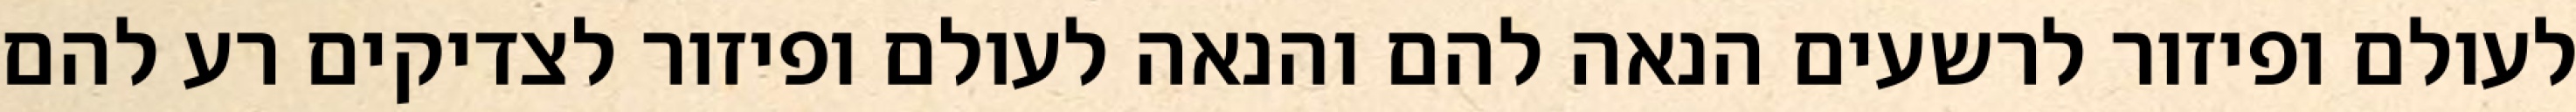
לעולם ופיזור לרשעים הנאה להם והנאה לעולם ופיזור לצדיקים רע להם